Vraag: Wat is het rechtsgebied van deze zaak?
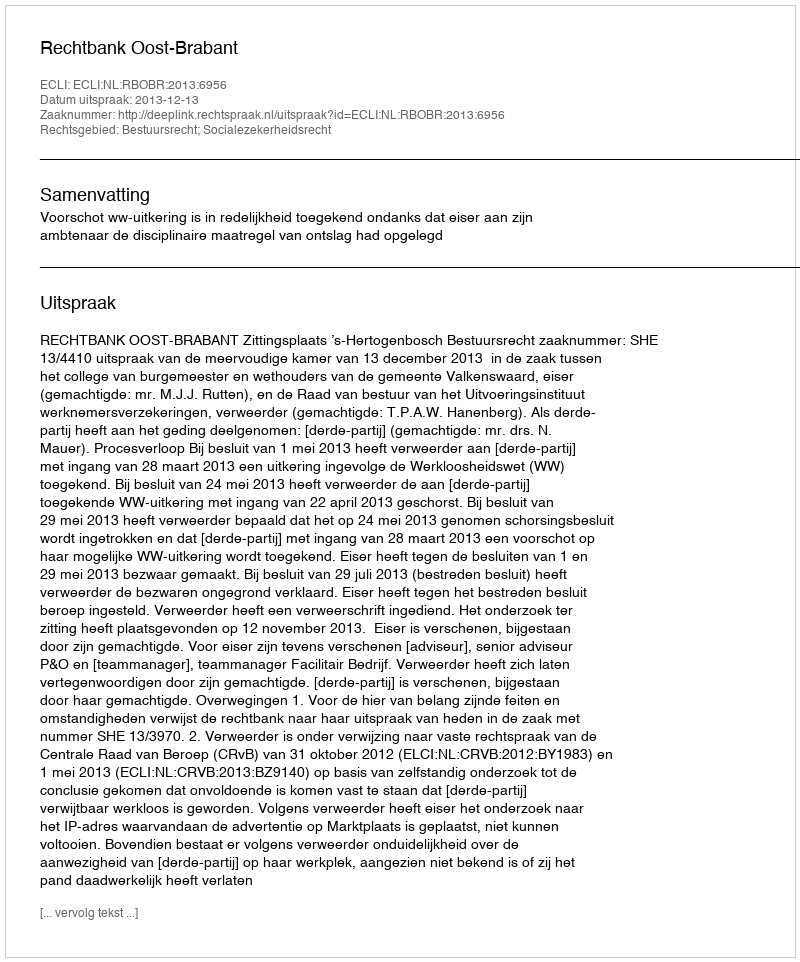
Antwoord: Bestuursrecht; Socialezekerheidsrecht